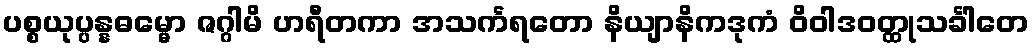
ပစ္စယုပ္ပန္နဓမ္မော ဇဂ္ဂါမိ ဟရီတကာ အသင်္ကရတော နိယျာနိကဒုကံ ဝိဝါဒဝတ္ထုသင်္ခါတေ